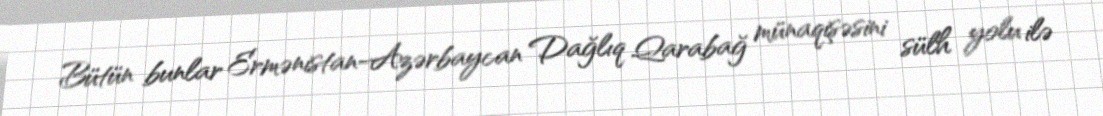
Bütün bunlar Ermənistan-Azərbaycan Dağlıq Qarabağ münaqişəsini sülh yolu ilə